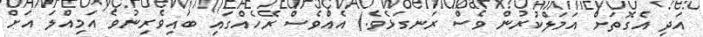
އަދި އެގޮތަށް އަމަލްކުރުން ވެސް ރަނގަޅެވެ.) އެއްވެސް ރޭހެއްގައި ބައިވެރިނުވެ އަމިއްލަ އަށް